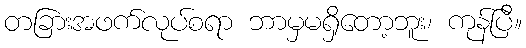
တခြားအဖက်လုပ်စရာ ဘာမှမရှိတော့ဘူး၊ ကုန်ပြီ။